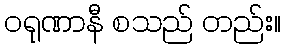
ဝရုဏာနီ စသည် တည်း။